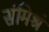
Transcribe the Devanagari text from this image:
संमिश्रं